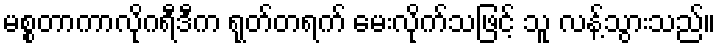
မစ္စတာကာလိုဂရီဒီက ရုတ်တရက် မေးလိုက်သဖြင့် သူ လန့်သွားသည်။